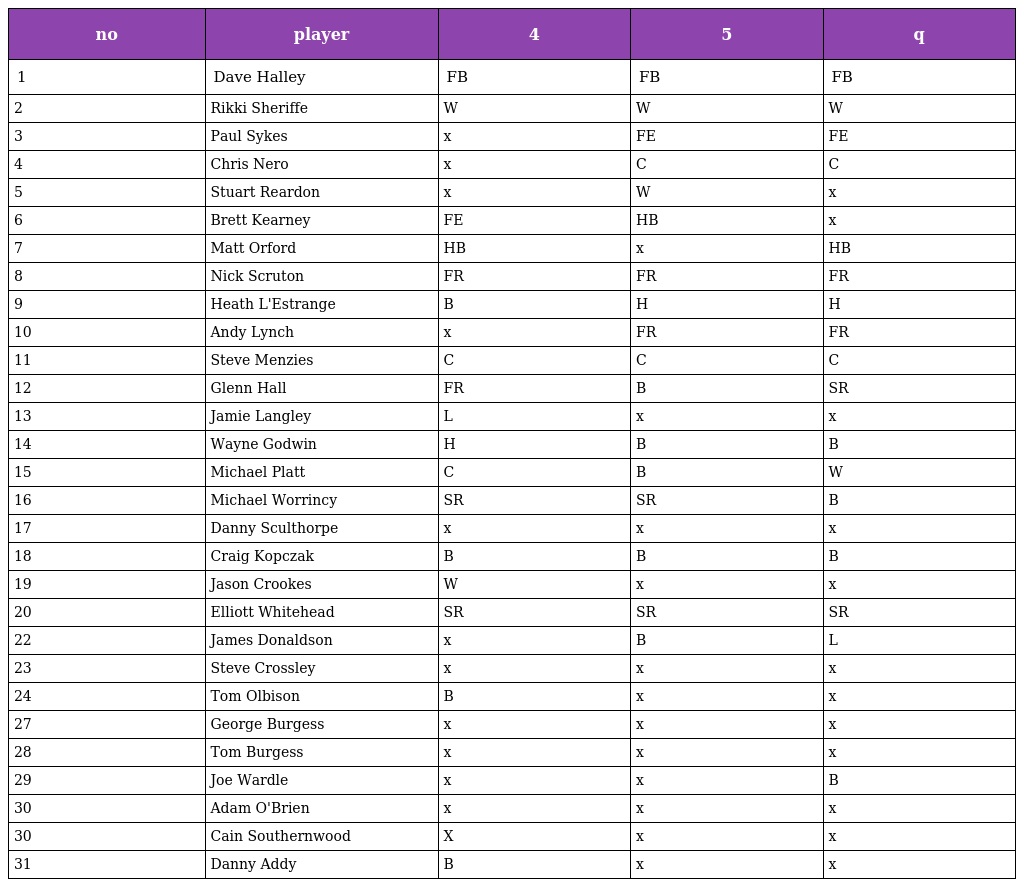
| no | player | 4 | 5 | q |
 | --- | --- | --- | --- | --- |
 | 1 | Dave Halley | FB | FB | FB |
 | 2 | Rikki Sheriffe | W | W | W |
 | 3 | Paul Sykes | x | FE | FE |
 | 4 | Chris Nero | x | C | C |
 | 5 | Stuart Reardon | x | W | x |
 | 6 | Brett Kearney | FE | HB | x |
 | 7 | Matt Orford | HB | x | HB |
 | 8 | Nick Scruton | FR | FR | FR |
 | 9 | Heath L'Estrange | B | H | H |
 | 10 | Andy Lynch | x | FR | FR |
 | 11 | Steve Menzies | C | C | C |
 | 12 | Glenn Hall | FR | B | SR |
 | 13 | Jamie Langley | L | x | x |
 | 14 | Wayne Godwin | H | B | B |
 | 15 | Michael Platt | C | B | W |
 | 16 | Michael Worrincy | SR | SR | B |
 | 17 | Danny Sculthorpe | x | x | x |
 | 18 | Craig Kopczak | B | B | B |
 | 19 | Jason Crookes | W | x | x |
 | 20 | Elliott Whitehead | SR | SR | SR |
 | 22 | James Donaldson | x | B | L |
 | 23 | Steve Crossley | x | x | x |
 | 24 | Tom Olbison | B | x | x |
 | 27 | George Burgess | x | x | x |
 | 28 | Tom Burgess | x | x | x |
 | 29 | Joe Wardle | x | x | B |
 | 30 | Adam O'Brien | x | x | x |
 | 30 | Cain Southernwood | X | x | x |
 | 31 | Danny Addy | B | x | x |